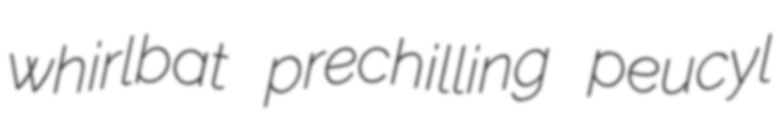
whirlbat prechilling peucyl